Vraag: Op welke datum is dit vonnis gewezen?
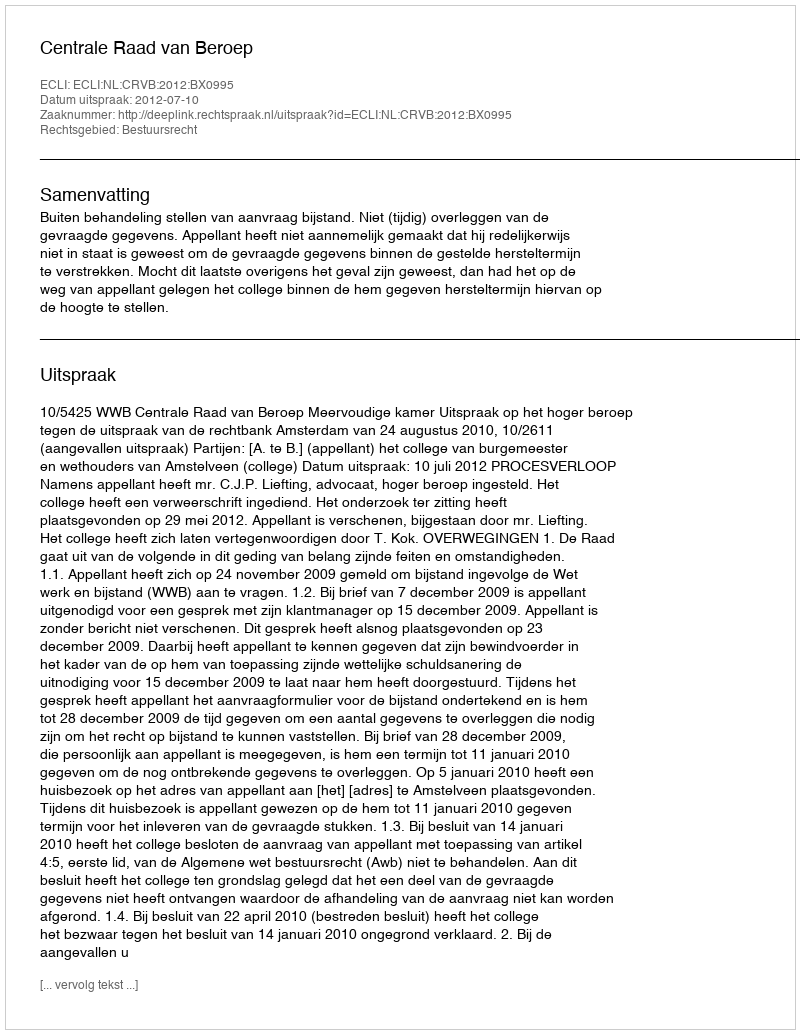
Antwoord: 2012-07-10